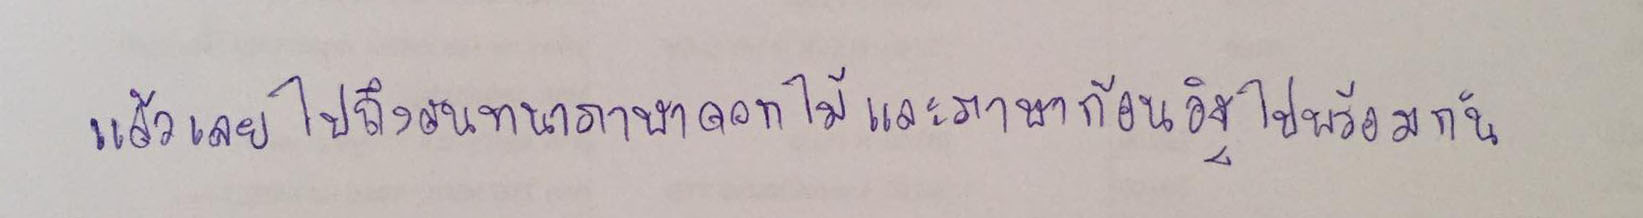
แล้วเลยไปถึงสนทนาภาษาดอกไม้และภาษาก้อนอิฐไปพร้อมกัน